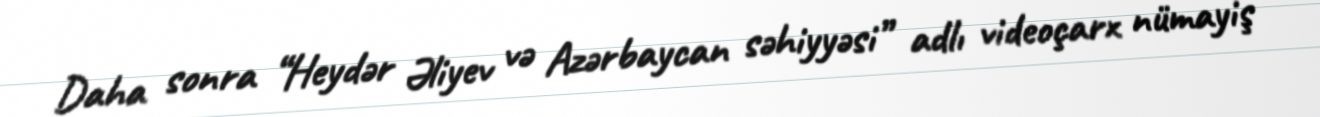
Daha sonra “Heydər Əliyev və Azərbaycan səhiyyəsi” adlı videoçarx nümayiş